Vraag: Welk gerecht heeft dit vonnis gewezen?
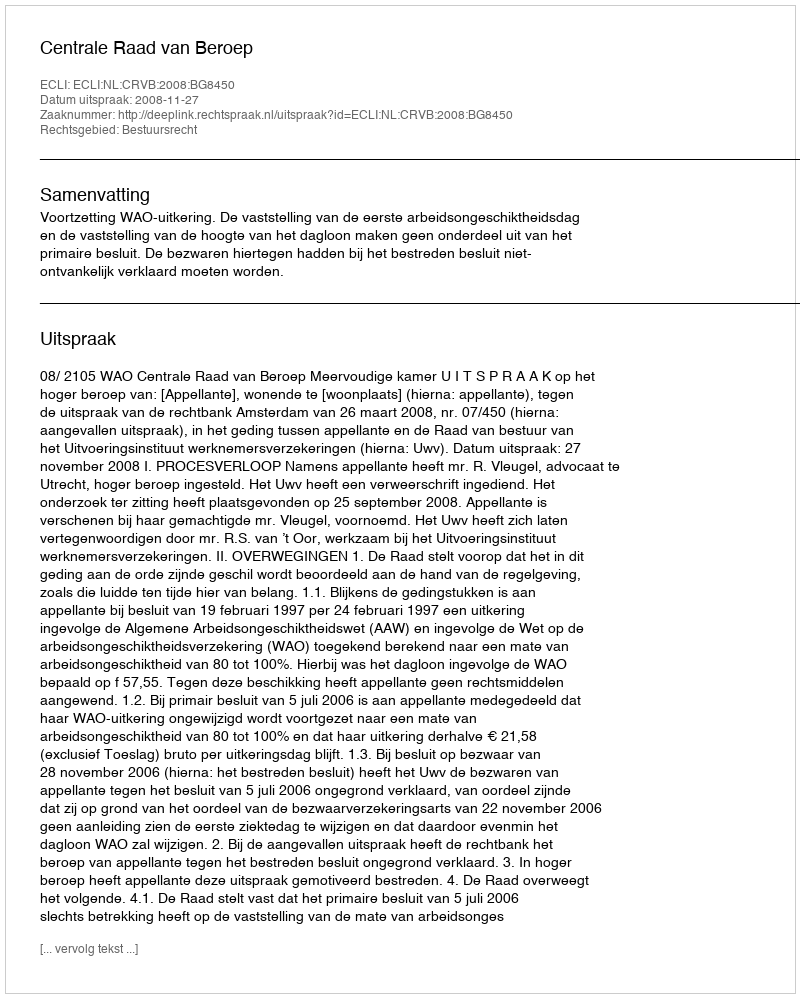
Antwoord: Centrale Raad van Beroep